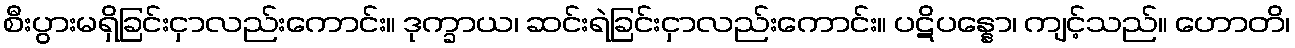
စီးပွားမရှိခြင်းငှာလည်းကောင်း။ ဒုက္ခာယ၊ ဆင်းရဲခြင်းငှာလည်းကောင်း။ ပဋိပန္နော၊ ကျင့်သည်။ ဟောတိ၊